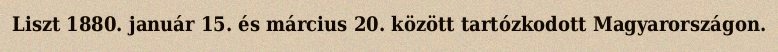
Liszt 1880. január 15. és március 20. között tartózkodott Magyarországon.